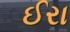
ઈરા